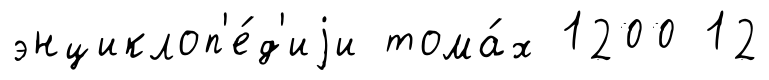
энциклоп'е́д'иjи тома́х 1200 12